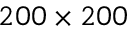
2 0 0 \times 2 0 0